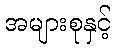
အများစုနှင့်